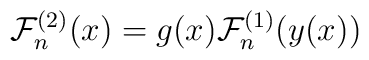
{\cal F}_n^{(2)} (x)= g(x){\cal F}_n^{(1)} (y(x))